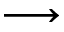
\longrightarrow